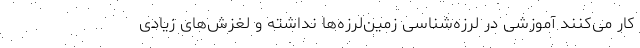
کار می‌کنند آموزشی در لرزه‌شناسی زمین‌لرزه‌ها نداشته و لغزش‌های زیادی